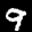
Label: 9